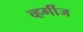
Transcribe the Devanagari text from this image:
व्हर्गीज